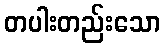
တပါးတည်းသော